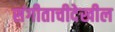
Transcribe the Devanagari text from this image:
संगीताचीदेखील